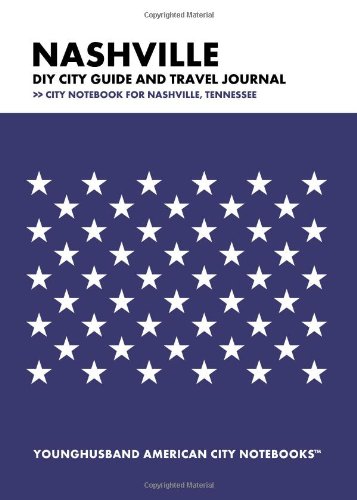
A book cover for Nashville DIY City Guide and Travel Journal: City Notebook for Nashville, Tennessee; Younghusband American City Notebooks; Travel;